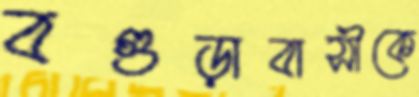
বগুড়াবাসীকে